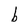
Character: b